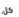
كل